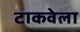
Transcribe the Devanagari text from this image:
टाकवेला